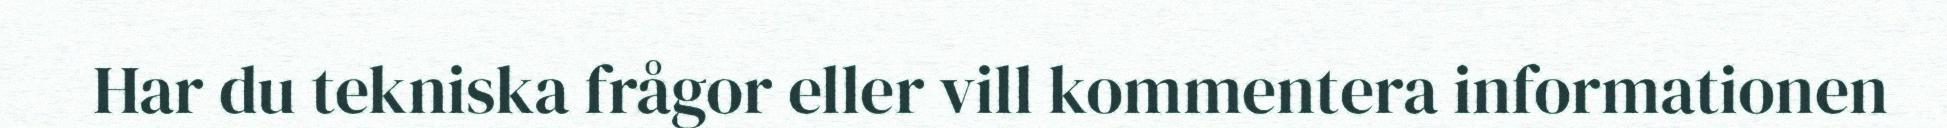
Har du tekniska frågor eller vill kommentera informationen